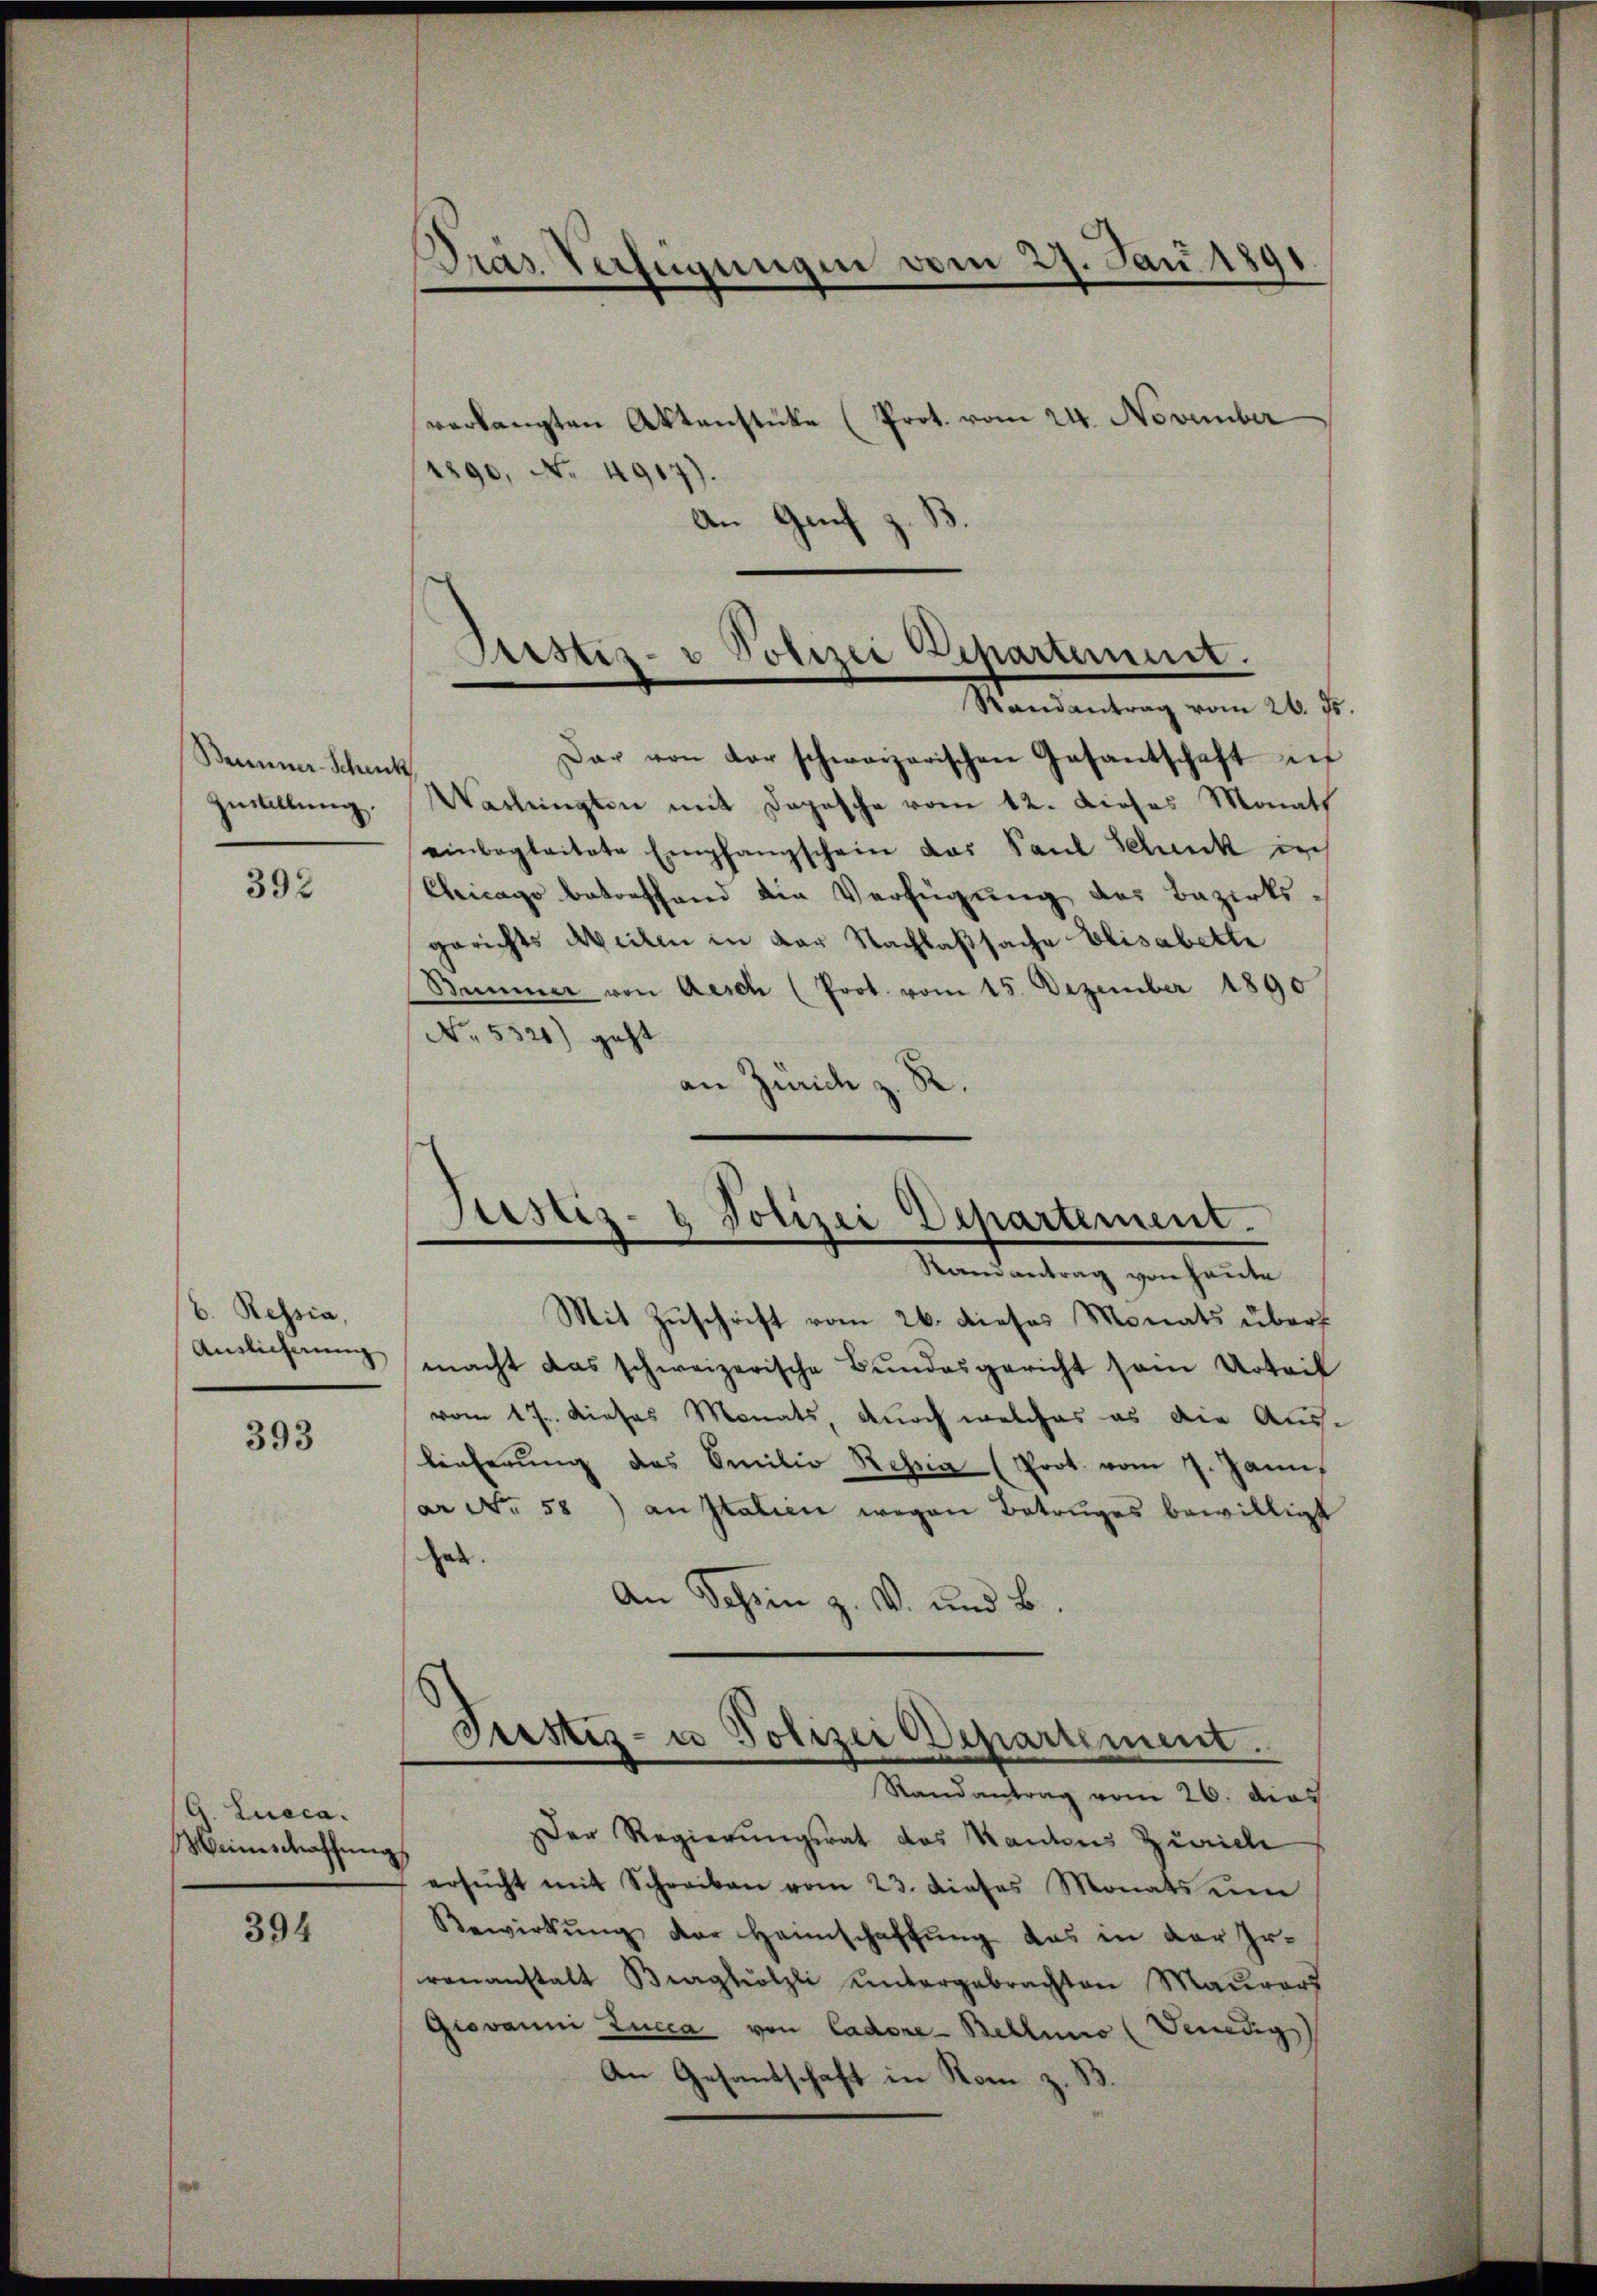
Beuner-Schenk
zustellung.

392

b. Ressia,
Auslieferung

393

G. Luaca.
Meinschaffung

394

Dras Verfügungen vom 27. Jau 1891

verlangten Aktenstüke (Prot. vom 24. November
1890, No 4917).
An Genf z. B

Justiz- & Polizei Departement.
Randantrag vom 26. Js.

Justiz- & Polizei Departement.
Randantrag von heute

Dar von der schwarzerischen Gasantschaft in
Varlingten mit Depesche vom 12. Dieses Monath
einbegleitete Empfangschein das Paul Schick in
Chicago betreffend die Verfügung des Bezirksgerichts Weilen in der Nachlaßsache Elisabette
Stimmer von Aesch (Prot. vom 15. Dezember 1890
No. 5521) geht
an Zürich z. R.

Mit Zuschrift vom 26. dieses Monats übers
macht das schweizerische Bŭndesgericht sein Urteil
vom 17. Dieses Monats, durch welches es die Aus-
lieferŭng des Emilie Ressia (Prot. vom 7. Jann
ar No 58) anstalien wegen Betruges bewilligt
hab.
An Schein z. B. und B.

Justiz- u Polizei Departement.
Randantrag vom 26. ders

Der Regierungsrat des Kantons Zürich
ersŭcht mit Schreiben vom 23. dieses Monats ŭm
Bewirkŭng der Heimschaffŭng das in der Er-
renanstalt Burghölzli untergebrachten Maurers
Giovanni Lucca von Cadore-Bellino (Venedig
An Gesantschaft in Rom z. B.